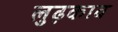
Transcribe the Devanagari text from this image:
लुढ़काव